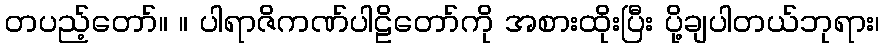
တပည့်တော်။ ။ ပါရာဇိကဏ်ပါဠိတော်ကို အစားထိုးပြီး ပို့ချပါတယ်ဘုရား၊